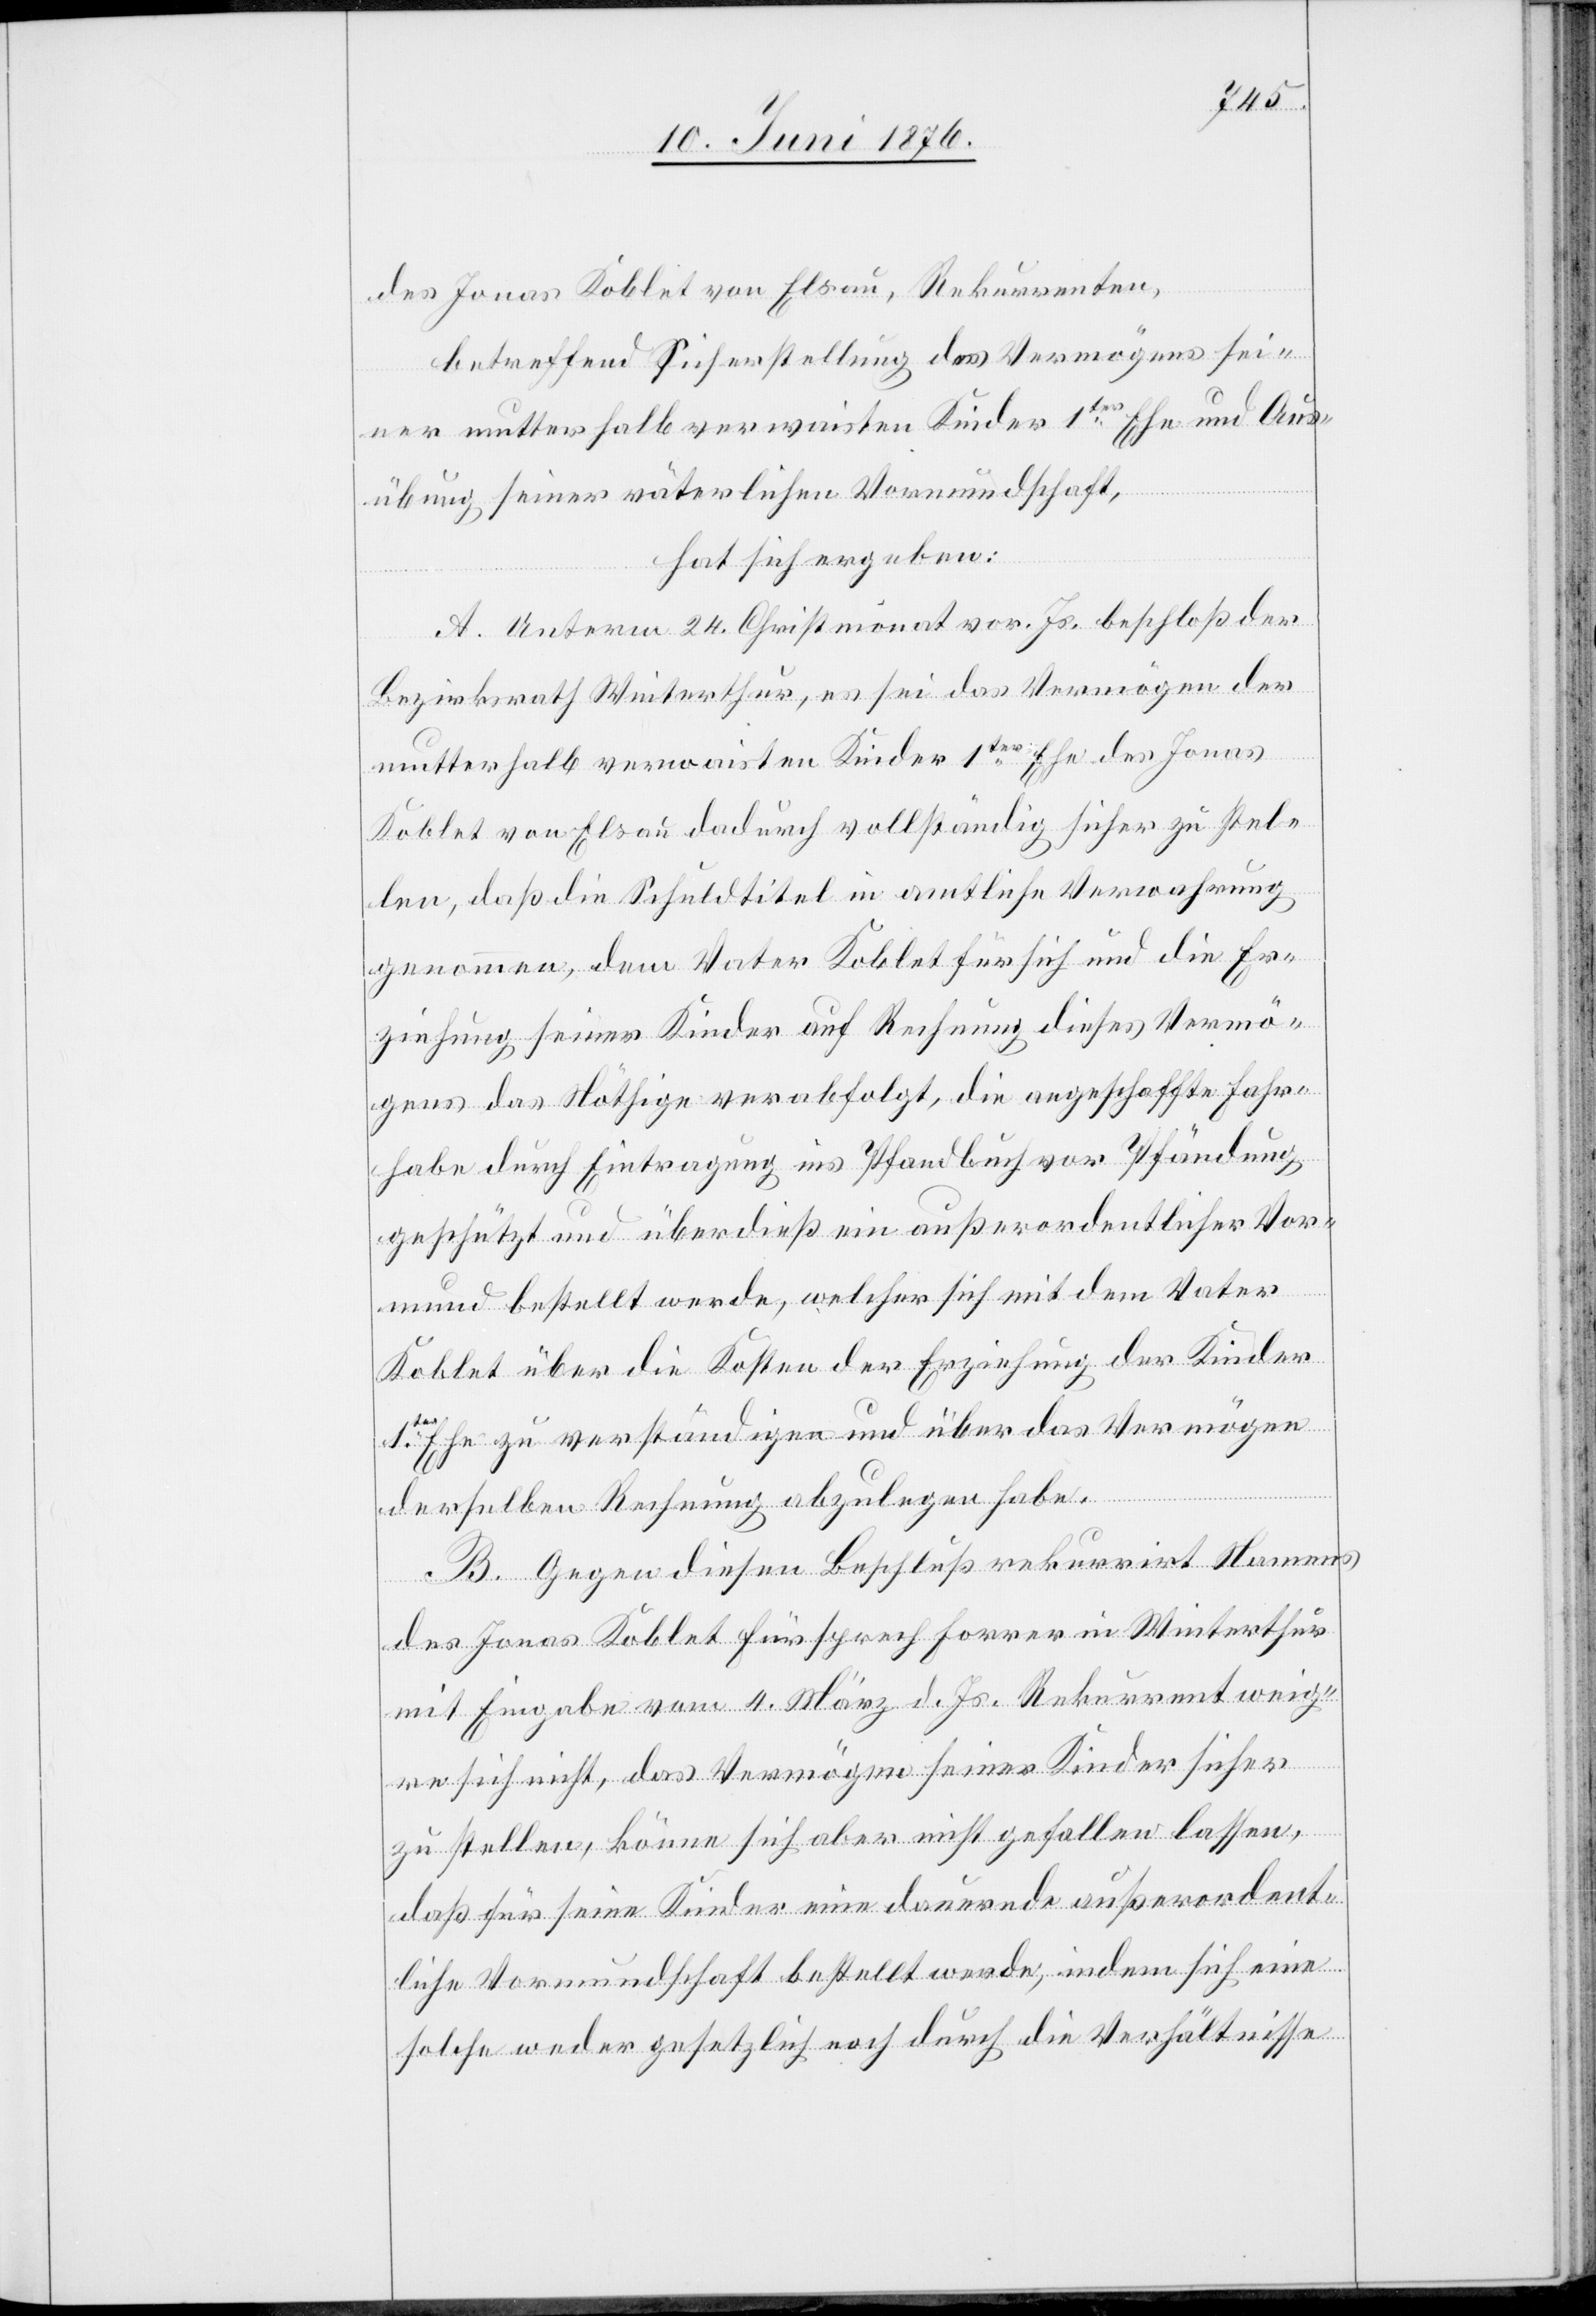
des Jonas Koblet von Elsau, Rekurrenten,
betreffend Sicherstellung des Vermögens sei¬
ner mutterhalb verwaisten Kinder 1ter Ehe und Aus¬
übung seiner väterlichen Vormundschaft,
hat sich ergeben:
A. Unterm 24. Christmonat vor. Js. beschloß der
Bezirksrath Winterthur, es sei das Vermögen der
mutterhalb verwaisten Kinder 1ter Ehe des Jonas
Koblet von Elsau dadurch vollständig sicher zu stel¬
len, daß die Schuldtitel in amtliche Verwahrung
genommen, dem Vater Koblet für sich und die Er¬
ziehung seiner Kinder auf Rechnung dieses Vermö¬
gens das Nöthige verabfolgt, die angeschaffte Fahr¬
habe durch Eintragung ins Pfandbuch von Pfändung
geschützt und überdieß ein außerordentlicher Vor¬
mund bestellt werde, welcher sich mit dem Vater
Koblet über die Kosten der Erziehung der Kinder
1ter Ehe zu verständigen und über das Vermögen
derselben Rechnung abzulegen habe.
B. Gegen diesen Beschluß rekurrirt Namens
des Jonas Koblet Fürsprech Forrer in Winterthur
mit Eingabe vom 4. März d. Js. Rekurrent weig¬
re sich nicht, das Vermögen seiner Kinder sicher
zu stellen, könne sich aber nicht gefallen lassen,
daß für seine Kinder eine dauernde außerordent¬
liche Vormundschaft bestellt werde, indem sich eine
solche weder gesetzlich noch durch die Verhältnisse